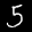
Label: 5